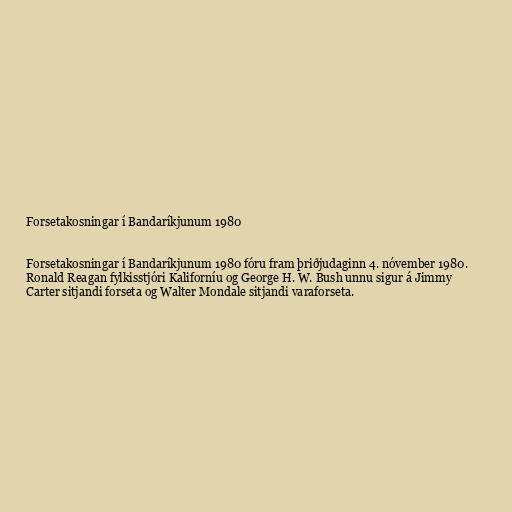
Forsetakosningar í Bandaríkjunum 1980

Forsetakosningar í Bandaríkjunum 1980 fóru fram þriðjudaginn 4. nóvember 1980.
Ronald Reagan fylkisstjóri Kaliforníu og George H. W. Bush unnu sigur á Jimmy
Carter sitjandi forseta og Walter Mondale sitjandi varaforseta.